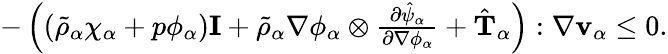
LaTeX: \begin{array}{r}{-\left((\tilde{\rho}_{\alpha}\chi_{\alpha}+p\phi_{\alpha})\mathbf{I}+\tilde{\rho}_{\alpha}\nabla\phi_{\alpha}\otimes\frac{\partial\hat{\psi}_{\alpha}}{\partial\nabla\phi_{\alpha}}+\hat{\mathbf{T}}_{\alpha}\right):\nabla\mathbf{v}_{\alpha}\leq 0.}\end{array}